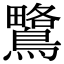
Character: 𪅅